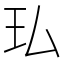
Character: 㺨